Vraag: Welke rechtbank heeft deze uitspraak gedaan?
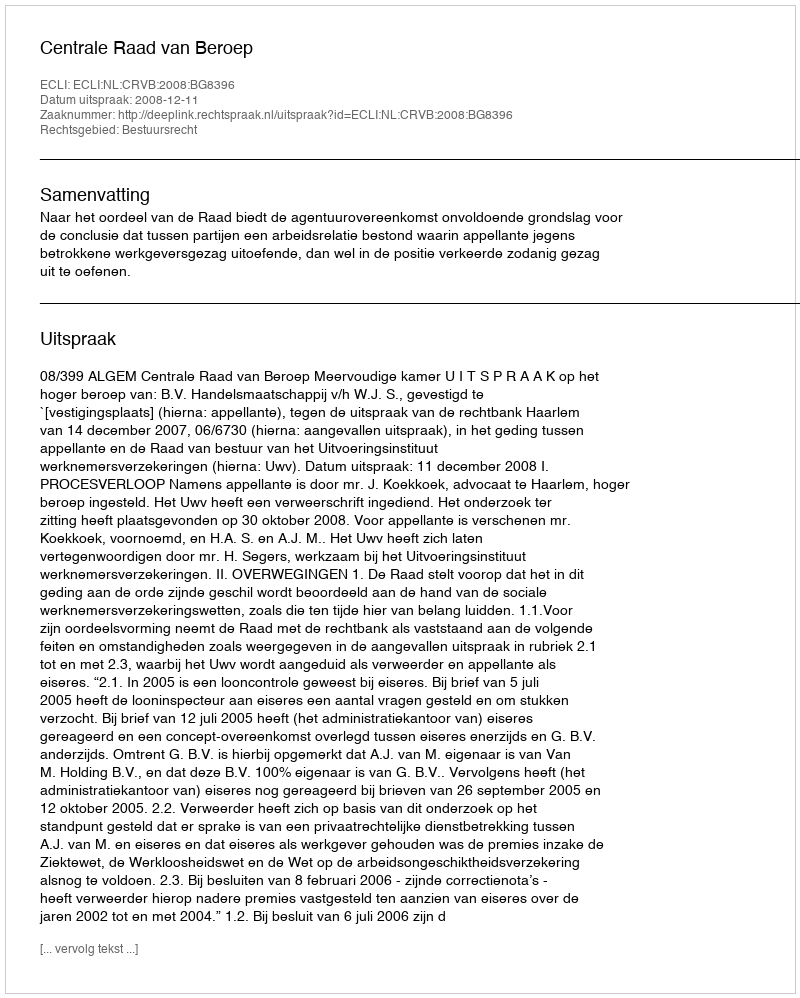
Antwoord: Centrale Raad van Beroep